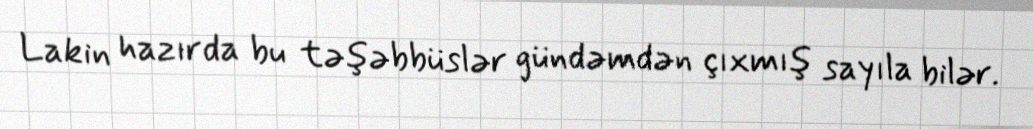
Lakin hazırda bu təşəbbüslər gündəmdən çıxmış sayıla bilər.